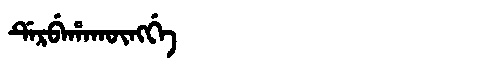
Manchu: ᡩᡝᡵᠪᡝᡥᠠᡴᡡᠩᡤᡝ
Romanization: DERBEHAKŪNGGE